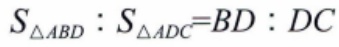
$S_{\triangle ABD}:S_{\triangle ADC}=BD:DC$